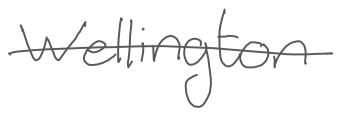
Text: Wellington
Cross-out: single-line
Writing tool: digital_gray